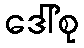
ဒေါ်စု